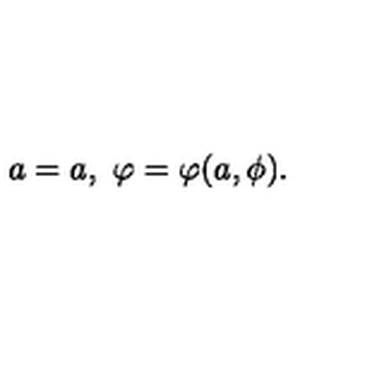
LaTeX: a = a , \ \varphi = \varphi ( a , \phi ) .